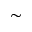
\sim